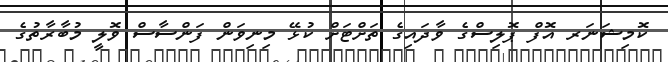
ކޮމިޝަނަރ އޮފް ޕޮލިސްގެ ވާދައިގެ ތަށްޓަށް ކުޅޭ މިނިވަން ފަންސާސް ވޮލީ މުބާރާތުގެ